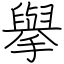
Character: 擧